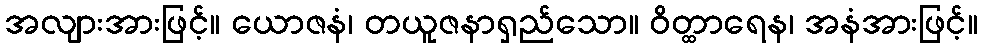
အလျားအားဖြင့်။ ယောဇနံ၊ တယူဇနာရှည်သော။ ဝိတ္ထာရေန၊ အနံအားဖြင့်။